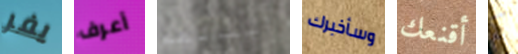
يفر أعرف أسمائهم وسأخبرك أقنعك كم